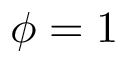
\phi = 1